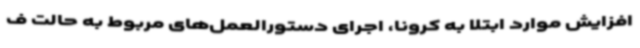
افزایش موارد ابتلا به کرونا، اجرای دستورالعمل‌های مربوط به حالت ف